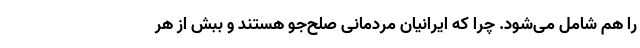
را هم شامل می‌شود. چرا که ایرانیان مردمانی صلح‌جو هستند و ببش از هر